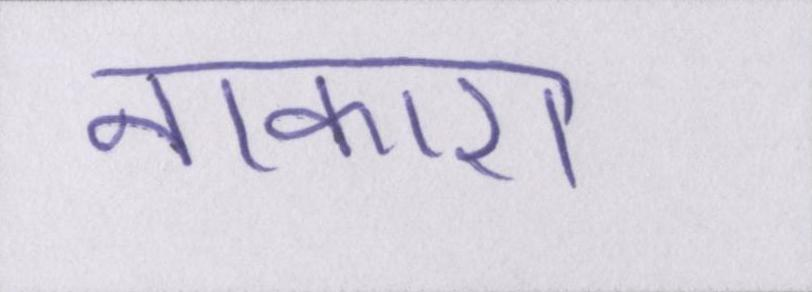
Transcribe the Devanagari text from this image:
नाकारा